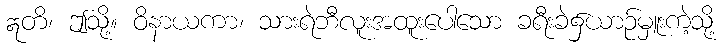
ဣတိ၊ ဤသို့။ ဝိနာယကာ၊ သားရဲဘီလူးအထူးပေါသော ခရီးခဲ၌ယာဉ်မှူးကဲ့သို့